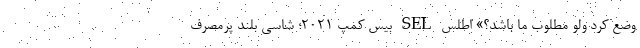
وضع کرد ولو مطلوب ما باشد؟» اطلس SEL بیس کمپ 2021؛ شاسی بلند پرمصرف